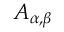
A _ { \alpha , \beta }